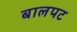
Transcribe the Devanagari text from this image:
बालपट